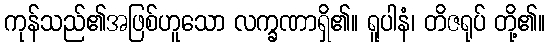
ကုန်သည်၏အဖြစ်ဟူသော လက္ခဏာရှိ၏။ ရူပါနံ၊ တိဇရုပ် တို့၏။